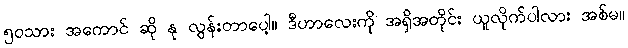
၅၀သား အကောင် ဆို နု လွန်းတာပေါ့။ ဒီဟာလေးကို အရှိအတိုင်း ယူလိုက်ပါလား အစ်မ။